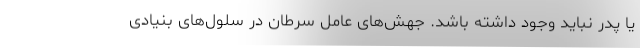
یا پدر نباید وجود داشته باشد. جهش‌های عامل سرطان در سلول‌های بنیادی